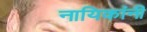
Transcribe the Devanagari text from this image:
नायिकांनी